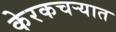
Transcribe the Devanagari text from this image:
केरकचर्‍यात